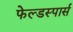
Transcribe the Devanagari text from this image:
फेल्डस्पार्स